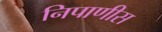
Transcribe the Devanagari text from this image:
निपाणीस